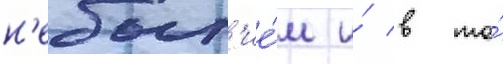
н'ебыт'ие́м и́ в то́